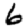
Digit: 6